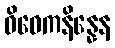
ဝိဝေကနိန္နေန